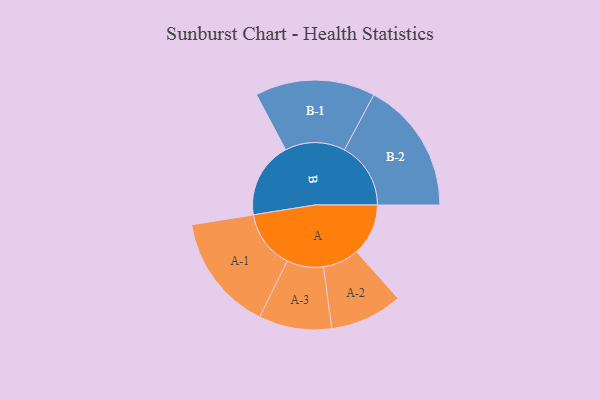
{"axis": {"x": "Segment", "y": "Value"}, "legend": ["", "A", "B"], "data": [{"x": "A", "y": 231, "type": ""}, {"x": "B", "y": 340, "type": ""}, {"x": "A-1", "y": 261, "type": "A"}, {"x": "A-2", "y": 162, "type": "A"}, {"x": "A-3", "y": 163, "type": "A"}, {"x": "B-1", "y": 268, "type": "B"}, {"x": "B-2", "y": 296, "type": "B"}]}